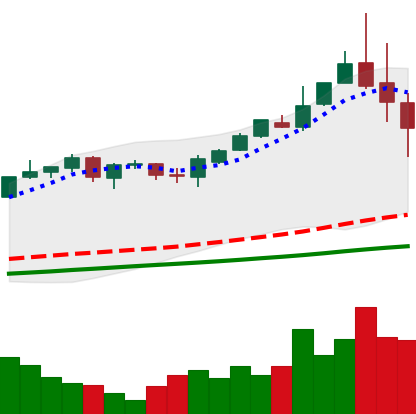
Ticker: BTC-USD
Chart end date: 2017-05-27
Forward return: 18.099%
Label: up_7plus